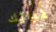
غدائك